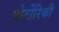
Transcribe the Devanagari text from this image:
पोर्टोरिकी